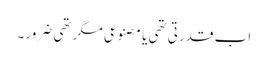
اب قدرتی تھی یا مصنوعی مگر تھی ضرور۔